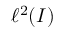
\ell ^ { 2 } ( I )